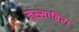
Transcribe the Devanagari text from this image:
मुस्साबिरा